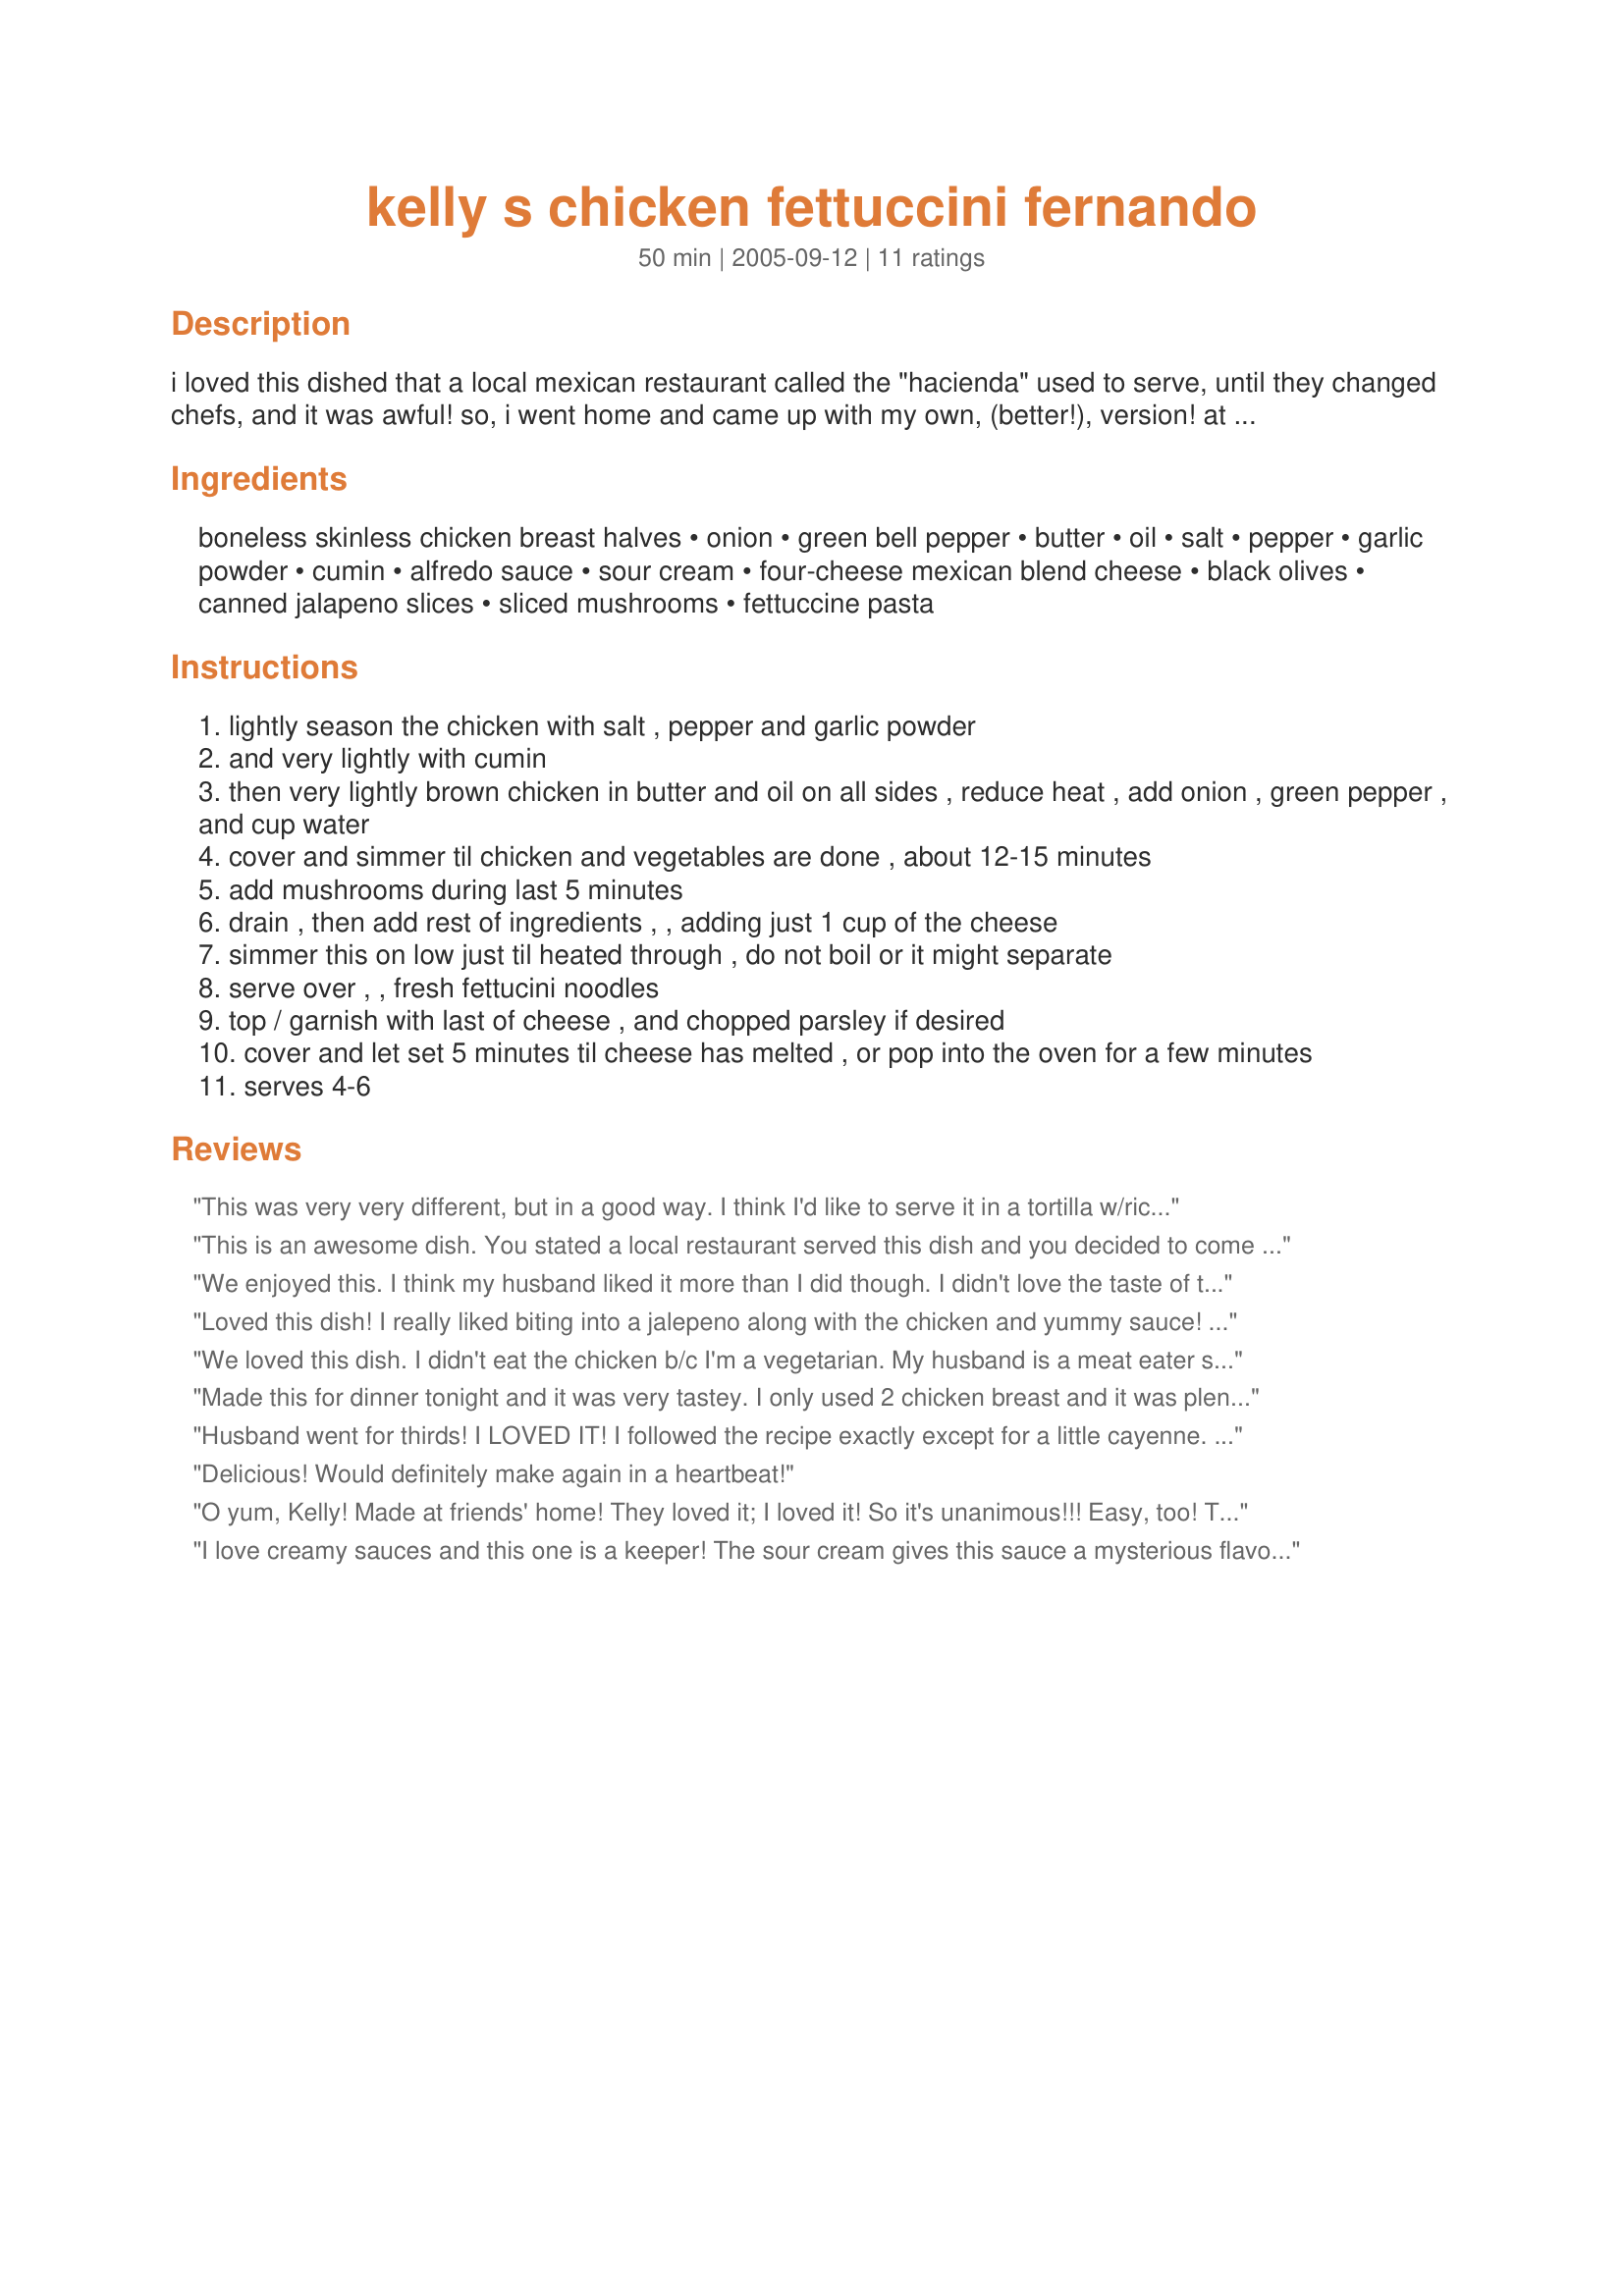
kelly s chicken fettuccini fernando
Preparation time: 50 minutes

i loved this dished that a local mexican restaurant called the "hacienda" used to serve, until they changed chefs, and it was awful! so, i went home and came up with my own, (better!), version! at least in mho!! it's like a mexican-style fettucini alfredo. really good!!

Ingredients:
boneless skinless chicken breast halves, onion, green bell pepper, butter, oil, salt, pepper, garlic powder, cumin, alfredo sauce, sour cream, four-cheese mexican blend cheese, black olives, canned jalapeno slices, sliced mushrooms, fettuccine pasta

Steps:
lightly season the chicken with salt , pepper and garlic powder
and very lightly with cumin
then very lightly brown chicken in butter and oil on all sides , reduce heat , add onion , green pepper , and cup water
cover and simmer til chicken and vegetables are done , about 12-15 minutes
add mushrooms during last 5 minutes
drain , then add rest of ingredients , , adding just 1 cup of the cheese
simmer this on low just til heated through , do not boil or it might separate
serve over , , fresh fettucini noodles
top / garnish with last of cheese , and chopped parsley if desired
cover and let set 5 minutes til cheese has melted , or pop into the oven for a few minutes
serves 4-6

Reviews:
This was very very different, but in a good way. I think I'd like to serve it in a tortilla w/rice and black beans next time instead of over pasta. Thanks for posting, it's a keeper.
This is an awesome dish. You stated a local restaurant served this dish and you decided to come up with your own version. I am so glad. A local restaurant serves something similar to this, and it is one of my fave's. My hubby had never tried it at the restaurant, but now that I made it he is hooked. AND, I also took some over to my neighbors (who don't cook much) and they loved it as well. All I need is a big Frozen Strawberry Margarita and I would feel like I was eating out!! Thank you, it is awesome!
We enjoyed this. I think my husband liked it more than I did though. I didn't love the taste of the Ragu. I think next time I will make my own alfredo sauce to use in the recipe. I loved how spicy it was. The long list of ingredients makes it look difficult but it was pretty easy to make. Thanks!
Loved this dish! I really liked biting into a jalepeno along with the chicken and yummy sauce! Thanks so much.
We loved this dish. I didn't eat the chicken b/c I'm a vegetarian. My husband is a meat eater so it was a perfect meal for us both. I will definately make this again. Thanks for the great recipe.
Made this for dinner tonight and it was very tastey. I only used 2 chicken breast and it was plenty. There is definately 2 meals there for the 4 of us. It took a while to heat all the after the adding the pasta so next time i might make ahead and heat in the oven. Other then that great recipe. 
Thanks for the post.
Husband went for thirds! I LOVED IT! I followed the recipe exactly except for a little cayenne. Thanks for posting!
Delicious! Would definitely make again in a heartbeat!
O yum, Kelly! Made at friends' home! They loved it; I loved it! So it's unanimous!!! Easy, too! THX for posting! Caroline
I love creamy sauces and this one is a keeper! The sour cream gives this sauce a mysterious flavor, and it is going to be my little secret! lol.shhhhh.........
This wasn't bad, but it was almost too rich (and I don't say that often). I liked the addition of the veggies and spices to the chicken, but the extra cheese and sour cream put it over the top. I will probably just stick to the jarred alfedo sauce when I am looking for something simple and add a few spices. Thanks.
